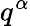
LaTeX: q^{\alpha}